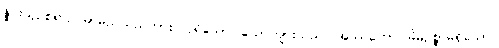
နှိုင်းယှဉ်စရာဥပမာမည်သည်ကား။ ပုရိသော၊ ယောကျ်ားသည်။ အဿကော၊ မိမိဥစ္စာမရှိသော။